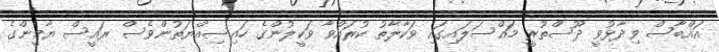
އައްބާސް ވިދާޅުވީ ދޫސްތޫރީ މައްސަލައިގައި ވަކާލާތު ކުރައްވާ ވަކީލުންގެ ހައިސިއްޔަތުންވެސް ރައީސް ޔާމީންގެ